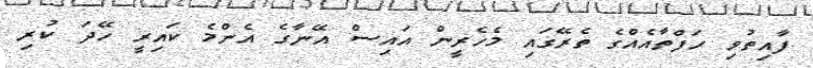
ފާއިތުވި ހަފްތާއެއްގެ ތެރޭގައި މެހެރީން އައިސް އޭނާގެ އެންމެ ކައިރީ ހޭދަ ކުރި